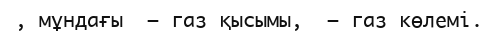
, мұндағы  – газ қысымы,  – газ көлемі.